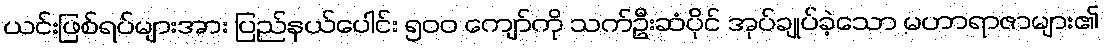
ယင်းဖြစ်ရပ်များအား ပြည်နယ်ပေါင်း ၅၀၀ ကျော်ကို သက်ဦးဆံပိုင် အုပ်ချုပ်ခဲ့သော မဟာရာဇာများ၏